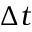
\Delta t